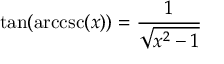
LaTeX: \tan ( \operatorname { a r c c s c } ( x ) ) = { \frac { 1 } { \sqrt { x ^ { 2 } - 1 } } }